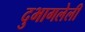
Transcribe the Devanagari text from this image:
दुभागलेली